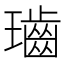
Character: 𤪷